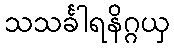
သသင်္ခါရနိဂ္ဂယှ